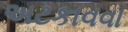
અટકાવવા